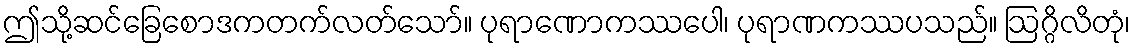
ဤသို့ဆင်ခြေစောဒကတက်လတ်သော်။ ပုရာဏောကဿပေါ၊ ပုရာဏကဿပသည်။ ဩဂ္ဂိလိတုံ၊